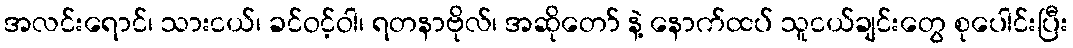
အလင်းရောင်၊ သားငယ်၊ ခင်ဝင့်ဝါ၊ ရတနာဗိုလ်၊ အဆိုတော် နဲ့ နောက်ထပ် သူငယ်ချင်းတွေ စုပေါင်းပြီး